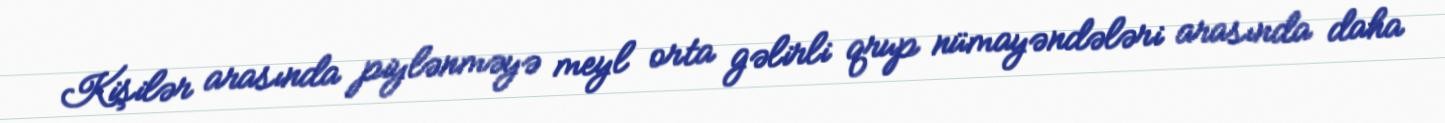
Kişilər arasında piylənməyə meyl orta gəlirli qrup nümayəndələri arasında daha